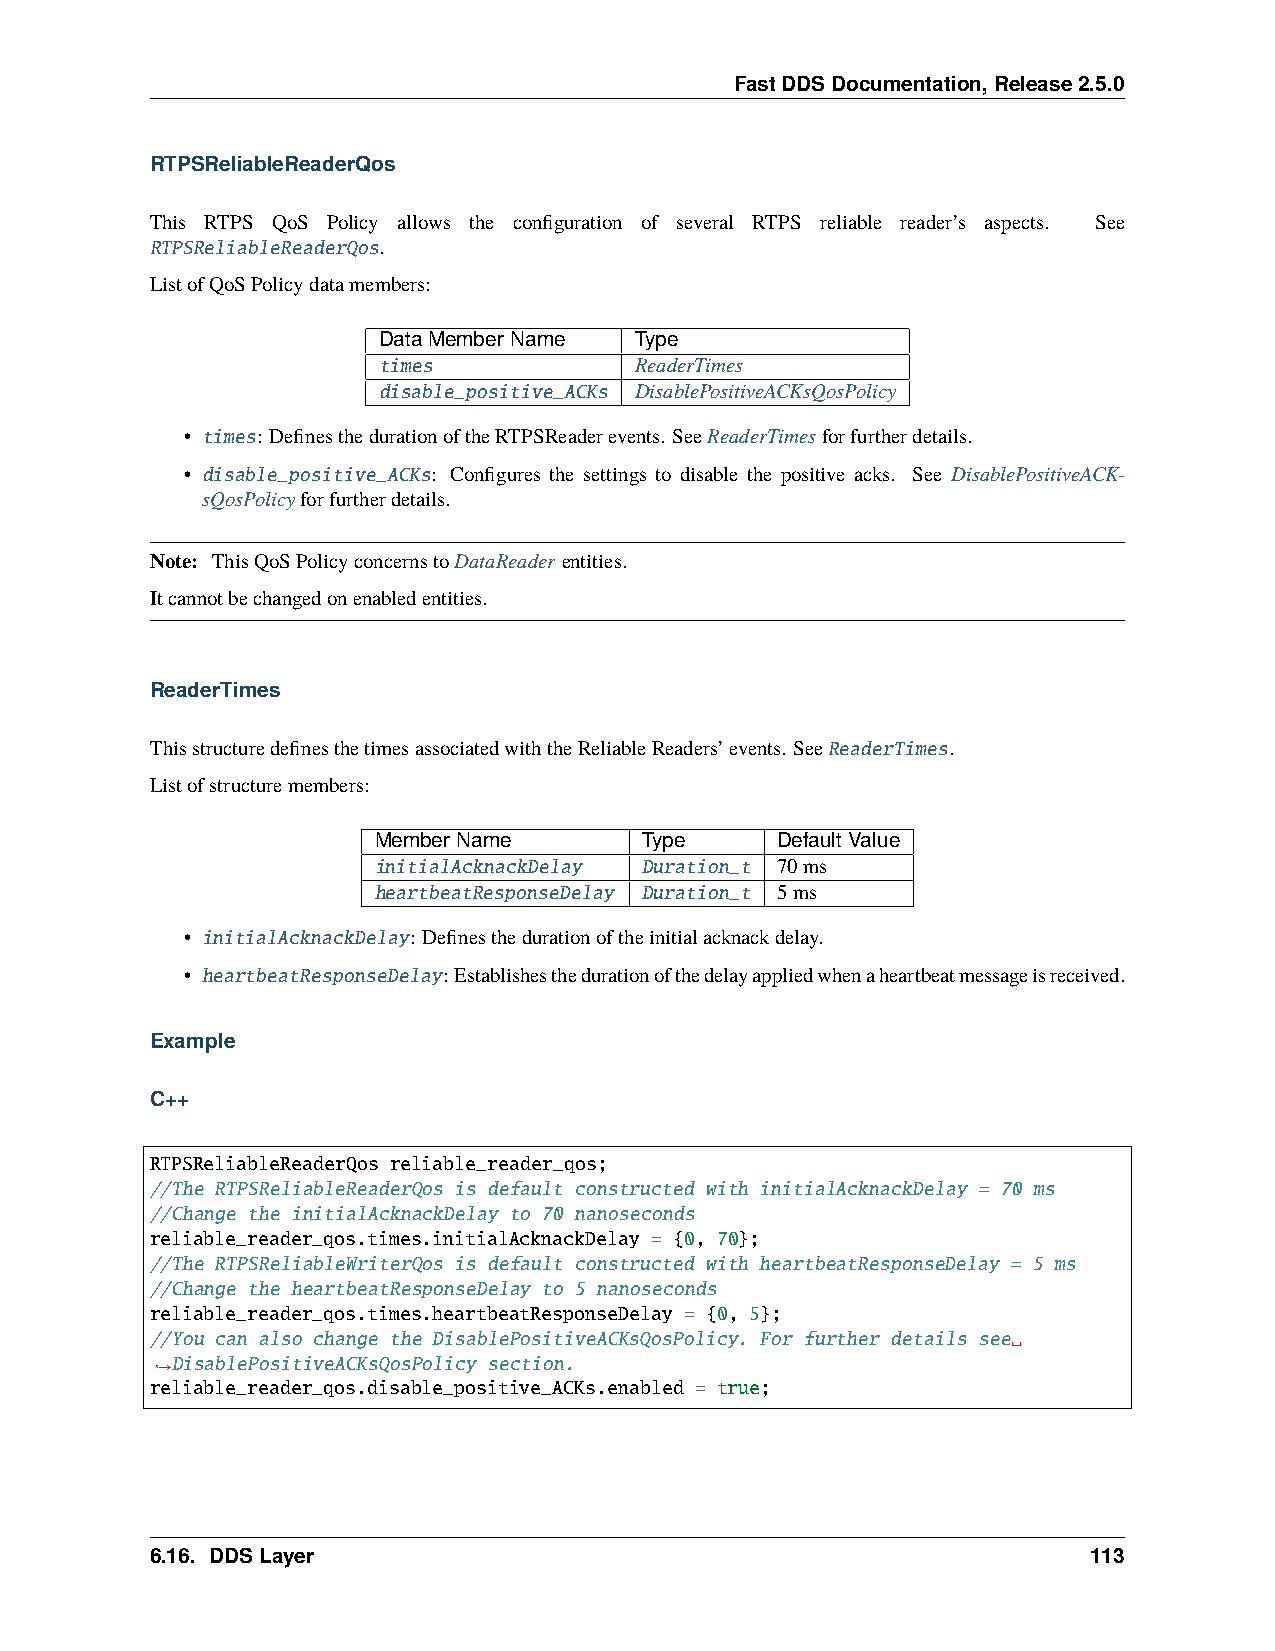
FastDDSDocumentation,Release2.5.0
 RTPSReliableReaderQos
 This RTPS QoS Policy allows the configuration of several RTPS reliable reader’s aspects. See
 RTPSReliableReaderQos.
 ListofQoSPolicydatamembers:
 DataMemberName   Type
 times            ReaderTimes
 disable_positive_ACKs DisablePositiveACKsQosPolicy
 • times: DefinesthedurationoftheRTPSReaderevents. SeeReaderTimesforfurtherdetails.
 • disable_positive_ACKs: Configures the settings to disable the positive acks. See DisablePositiveACK-
 sQosPolicyforfurtherdetails.
 Note: ThisQoSPolicyconcernstoDataReaderentities.
 Itcannotbechangedonenabledentities.
 ReaderTimes
 ThisstructuredefinesthetimesassociatedwiththeReliableReaders’events. SeeReaderTimes.
 Listofstructuremembers:
 MemberName       Type     DefaultValue
 initialAcknackDelay Duration_t 70ms
 heartbeatResponseDelay Duration_t 5ms
 • initialAcknackDelay: Definesthedurationoftheinitialacknackdelay.
 • heartbeatResponseDelay:Establishesthedurationofthedelayappliedwhenaheartbeatmessageisreceived.
 Example
 C++
 RTPSReliableReaderQos reliable_reader_qos;
 //The RTPSReliableReaderQos is default constructed with initialAcknackDelay = 70 ms
 //Change the initialAcknackDelay to 70 nanoseconds
 reliable_reader_qos.times.initialAcknackDelay = {0, 70};
 //The RTPSReliableWriterQos is default constructed with heartbeatResponseDelay = 5 ms
 //Change the heartbeatResponseDelay to 5 nanoseconds
 reliable_reader_qos.times.heartbeatResponseDelay = {0, 5};
 //You can also change the DisablePositiveACKsQosPolicy. For further details see␣
 DisablePositiveACKsQosPolicy section.
 ˓→
 reliable_reader_qos.disable_positive_ACKs.enabled = true;
 6.16. DDSLayer                                                113